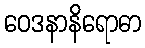
ဝေဒနာနိရောဓာ